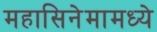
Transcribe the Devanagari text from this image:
महासिनेमामध्ये